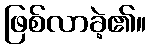
ဖြစ်လာခဲ့၏။